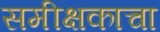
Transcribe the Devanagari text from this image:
समीक्षकाचा